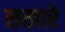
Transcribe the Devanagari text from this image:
सखारे